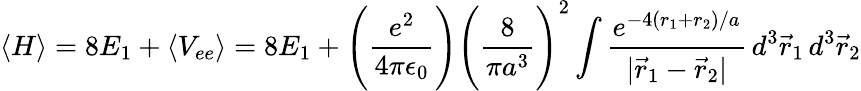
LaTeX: \langle H\rangle=8E_{1}+\langle V_{ee}\rangle=8E_{1}+{\Bigg(}{\frac{e^{2}}{4\pi\epsilon_{0}}}{\Bigg)}{\Bigg(}{\frac{8}{\pi a^{3}}}{\Bigg)}^{2}\int{\frac{e^{-4(r_{1}+r_{2})/a}}{|{\vec{r}}_{1}-{\vec{r}}_{2}|}}\, d^{3}{\vec{r}}_{1}\, d^{3}{\vec{r}}_{2}